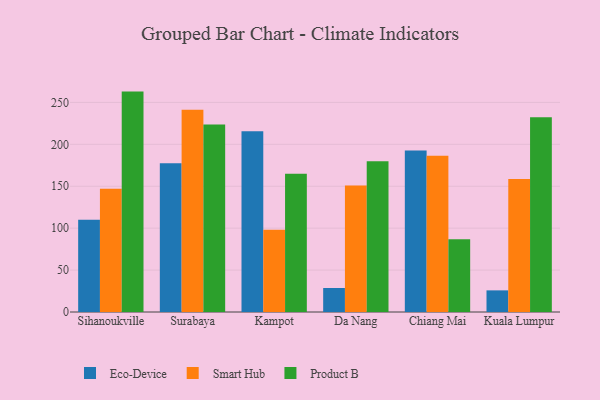
{"axis": {"x": "City", "y": "Tickets Resolved"}, "legend": ["Eco-Device", "Product B", "Smart Hub"], "data": [{"x": "Sihanoukville", "y": 110.0, "type": "Eco-Device"}, {"x": "Sihanoukville", "y": 147.1, "type": "Smart Hub"}, {"x": "Sihanoukville", "y": 262.9, "type": "Product B"}, {"x": "Surabaya", "y": 177.5, "type": "Eco-Device"}, {"x": "Surabaya", "y": 241.2, "type": "Smart Hub"}, {"x": "Surabaya", "y": 223.7, "type": "Product B"}, {"x": "Kampot", "y": 215.7, "type": "Eco-Device"}, {"x": "Kampot", "y": 98.1, "type": "Smart Hub"}, {"x": "Kampot", "y": 164.9, "type": "Product B"}, {"x": "Da Nang", "y": 28.6, "type": "Eco-Device"}, {"x": "Da Nang", "y": 151.0, "type": "Smart Hub"}, {"x": "Da Nang", "y": 179.9, "type": "Product B"}, {"x": "Chiang Mai", "y": 192.7, "type": "Eco-Device"}, {"x": "Chiang Mai", "y": 186.3, "type": "Smart Hub"}, {"x": "Chiang Mai", "y": 86.8, "type": "Product B"}, {"x": "Kuala Lumpur", "y": 25.8, "type": "Eco-Device"}, {"x": "Kuala Lumpur", "y": 158.7, "type": "Smart Hub"}, {"x": "Kuala Lumpur", "y": 232.2, "type": "Product B"}]}